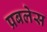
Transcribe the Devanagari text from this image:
प्रबलेस